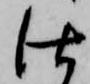
仕